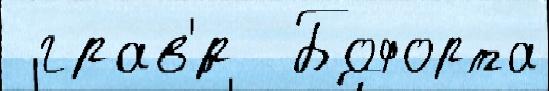
 грав'́р  Бофорта